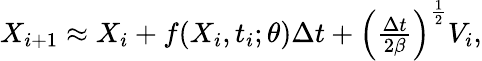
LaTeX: \begin{array}{r}{X_{i+1}\approx X_{i}+f(X_{i},t_{i};\theta)\Delta t+\left(\frac{\Delta t}{2\beta}\right)^{\frac{1}{2}}V_{i},}\end{array}